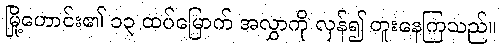
မြို့ဟောင်း၏ ၁၃ ထပ်မြောက် အလွှာကို လှန်၍ တူးနေကြသည်။